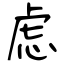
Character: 虑